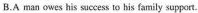
B. A man means limitless poo'mHy snppott.